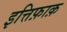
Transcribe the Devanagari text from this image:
इत्तिफ़ाक़